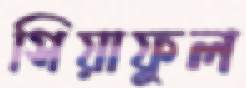
সিয়াফুল